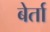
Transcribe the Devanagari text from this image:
बेर्ता